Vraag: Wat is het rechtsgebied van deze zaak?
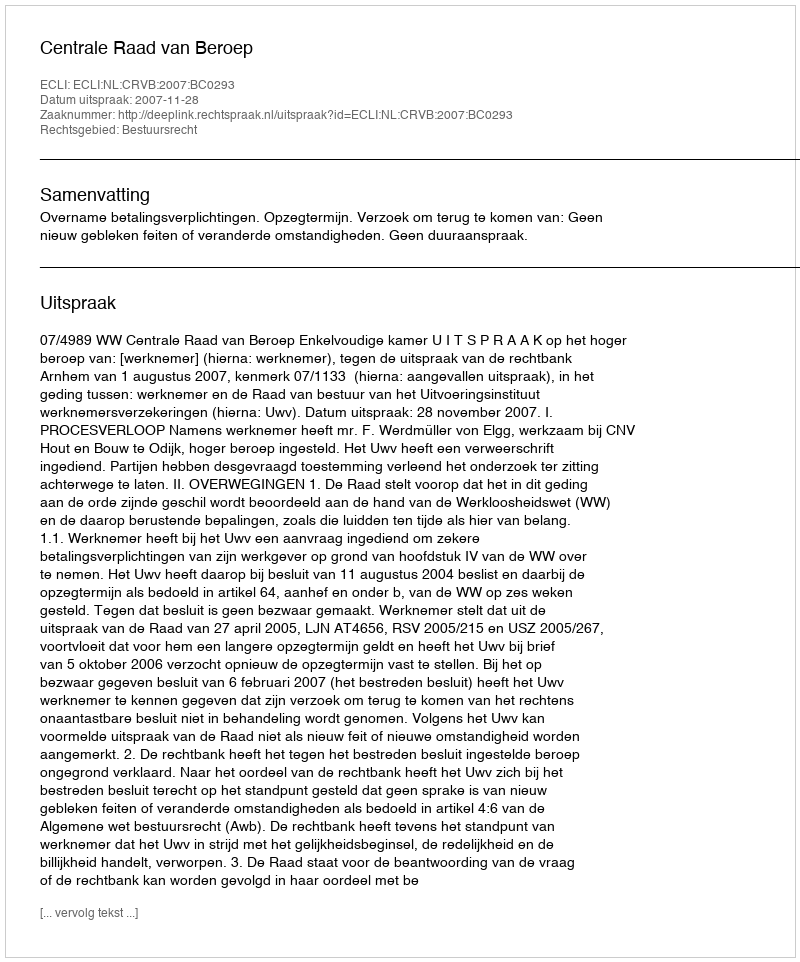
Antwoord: Bestuursrecht